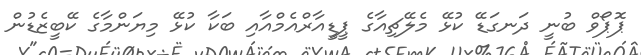
ޕޮޕޯވް ބުނީ ދަނގަޑޭ ކުޅޭ މެލޭޗިއާގެ ޕީޑީއާރްއެމްއާއި ބަކާ ކުޅޭ މިޔަންމާގެ ކޭބީޒެޑުން